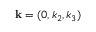
{ \bf k } = ( 0 , k _ { 2 } , k _ { 3 } )